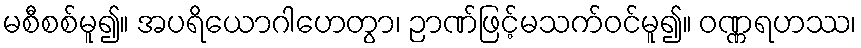
မစီစစ်မူ၍။ အပရိယောဂါဟေတွာ၊ ဉာဏ်ဖြင့်မသက်ဝင်မူ၍။ ဝဏ္ဏရဟဿ၊